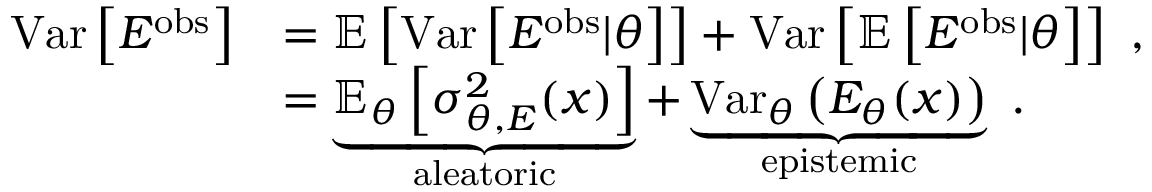
\begin{array} { r l } { \mathrm { V a r } \left[ E ^ { \mathrm { o b s } } \right] } & { = \mathbb { E } \left[ \mathrm { V a r } \left[ E ^ { \mathrm { o b s } } | \theta \right] \right] + \mathrm { V a r } \left[ \mathbb { E } \left[ E ^ { \mathrm { o b s } } | \theta \right] \right] \ , } \\ & { = \underbrace { \mathbb { E } _ { \theta } \left[ \sigma _ { \theta , E } ^ { 2 } ( x ) \right] } _ { \mathrm { a l e a t o r i c } } + \underbrace { \mathrm { V a r } _ { \theta } \left( E _ { \theta } ( x ) \right) } _ { \mathrm { e p i s t e m i c } } \ . } \end{array}